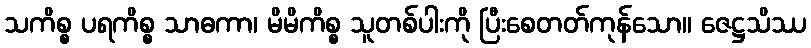
သကိစ္စ ပရကိစ္စ သာဓကာ၊ မိမိကိစ္စ သူတစ်ပါးကို ပြီးစေတတ်ကုန်သော။ ဇေဋ္ဌသိဿ